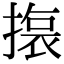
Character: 𭢆